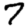
Digit: 7